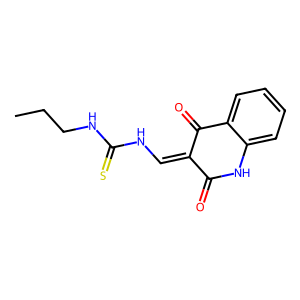
SMILES: CCCNC(=S)NC=C1C(=O)Nc2ccccc2C1=O
Inhibits HIV replication: No